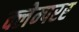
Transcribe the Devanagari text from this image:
क्लेम्परर